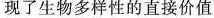
现了生物多样性的直接价值